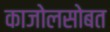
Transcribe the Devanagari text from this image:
काजोलसोबत